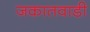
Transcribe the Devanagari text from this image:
जकातवाडी